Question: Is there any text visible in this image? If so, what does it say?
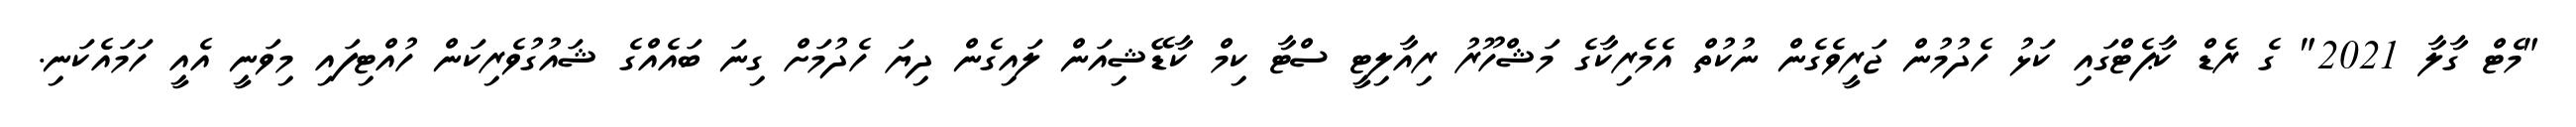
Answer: "މެޓް ގާލާ 2021" ގެ ރެޑް ކާޕެޓްގައި ކަޅު ހެދުމުން ޖަރީވެގެން ނުކުތް އެމެރިކާގެ މަޝްހޫރު ރިއާލިޓީ ސްޓާ ކިމް ކާޑޭޝިއަން ލައިގެން ދިޔަ ހެދުމަށް ގިނަ ބައެއްގެ ޝައުގުވެރިކަން ހުއްޓިފައި މިވަނީ އެއީ ހަމައެކަނި.